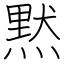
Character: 黙